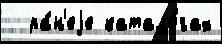
  ра́н'еjе катало́гах